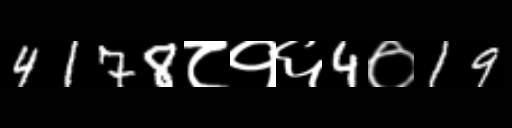
Text: 4178८१६4०19